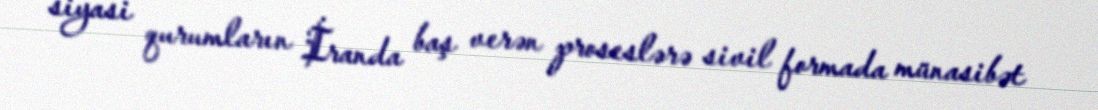
siyasi qurumların İranda baş verən proseslərə sivil formada münasibət